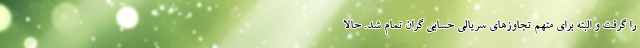
را گرفت و البته برای متهم تجاوزهای سریالی حسابی گران تمام شد. حالا